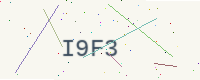
Text: I9F3